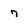
Character: 7